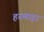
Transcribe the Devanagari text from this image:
हरमाड़ा